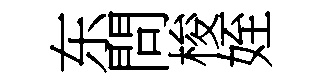
东問梭姪